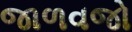
જાળવજો